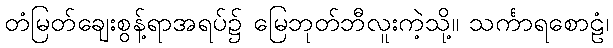
တံမြတ်ချေးစွန့်ရာအရပ်၌ မြေဘုတ်ဘီလူးကဲ့သို့။ သင်္ကာရစောဠံ၊